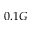
0 . 1 G